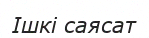
Ішкi саясат